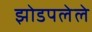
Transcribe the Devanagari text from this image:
झोडपलेले